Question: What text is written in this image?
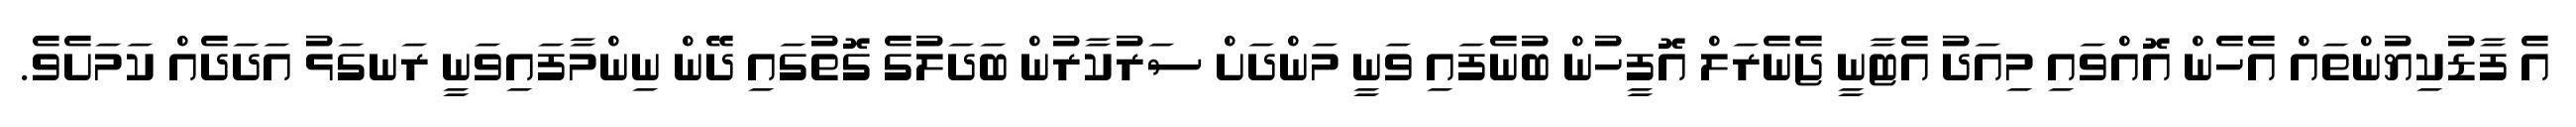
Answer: އެ ފާޑުކިޔުންތައް އެހެން އޮއްވައި މިއަދު އެޓާނީ ޖެނެރަލް އޮފީހުން ބުނެފައި ވަނީ މަންދަށް ސަރުކާރުން ބަދަލުގެ ގޮތުގައި ދޭން ނިންމާފައިވަނީ ރަނގަޅު އަދަދެއް ކަމަށެވެ.